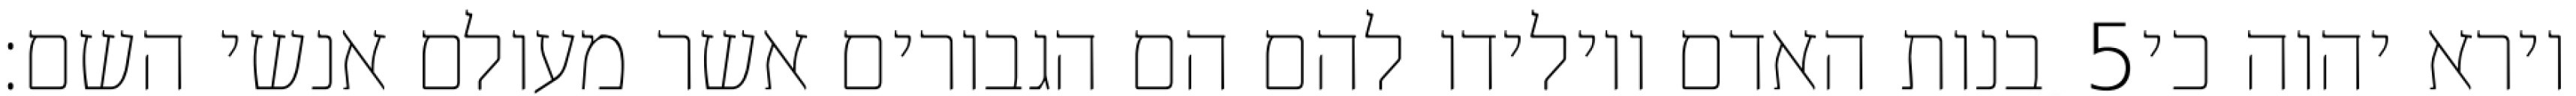
בנות האדם ויולידו להם הם הגבורים אשר מעולם אנשי השם׃ ‎5‏ וירא יהוה כי